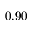
0 . 9 0